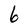
Character: 6